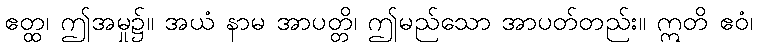
ဧတ္ထ၊ ဤအမှု၌။ အယံ နာမ အာပတ္တိ၊ ဤမည်သော အာပတ်တည်း။ ဣတိ ဧဝံ၊